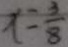
x = \frac { 3 } { 8 }